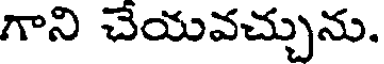
గాని చేయవచ్చును.